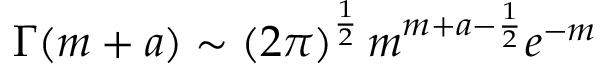
\Gamma ( m + a ) \sim \left( 2 \pi \right) ^ { \frac { 1 } { 2 } } m ^ { m + a - \frac { 1 } { 2 } } e ^ { - m }